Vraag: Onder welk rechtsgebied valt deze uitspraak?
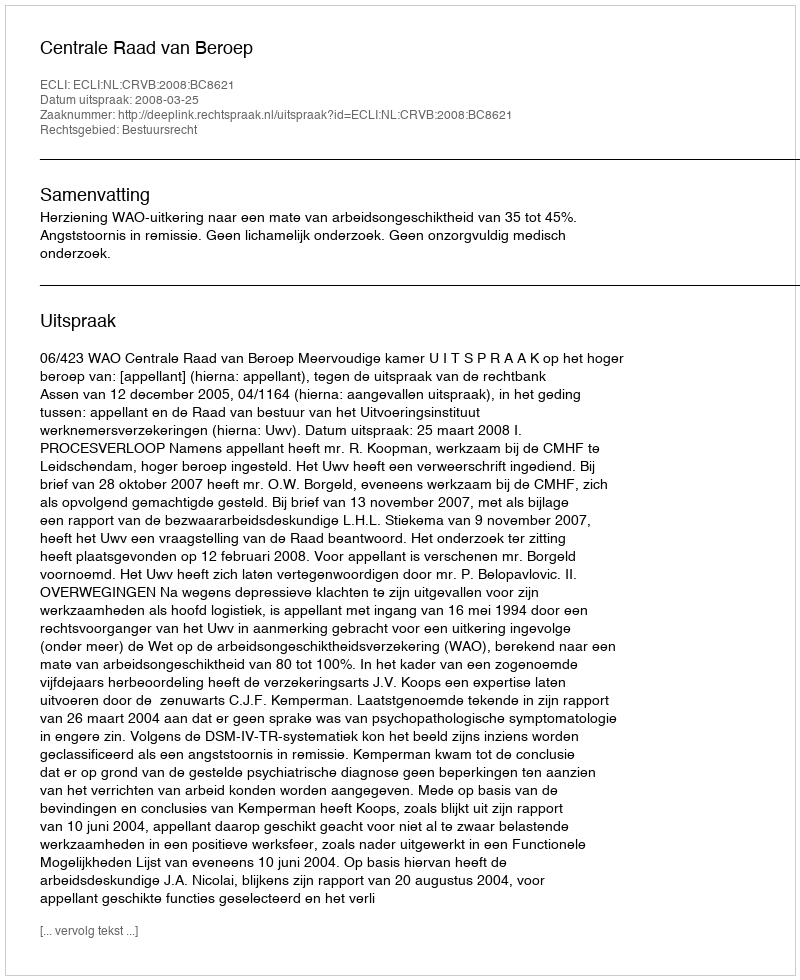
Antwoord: Bestuursrecht